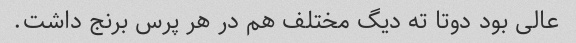
عالی بود دوتا ته دیگ مختلف هم در هر پرس برنج داشت.